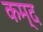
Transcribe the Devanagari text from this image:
कम्द